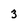
Character: 3